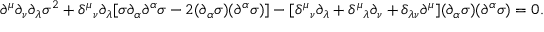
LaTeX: \partial ^ { \mu } \partial _ { \nu } \partial _ { \lambda } \sigma ^ { 2 } + \delta ^ { \mu } { } _ { \nu } \partial _ { \lambda } [ \sigma \partial _ { \alpha } \partial ^ { \alpha } \sigma - 2 ( \partial _ { \alpha } \sigma ) ( \partial ^ { \alpha } \sigma ) ] - [ \delta ^ { \mu } { } _ { \nu } \partial _ { \lambda } + \delta ^ { \mu } { } _ { \lambda } \partial _ { \nu } + \delta _ { \lambda \nu } \partial ^ { \mu } ] ( \partial _ { \alpha } \sigma ) ( \partial ^ { \alpha } \sigma ) = 0 .